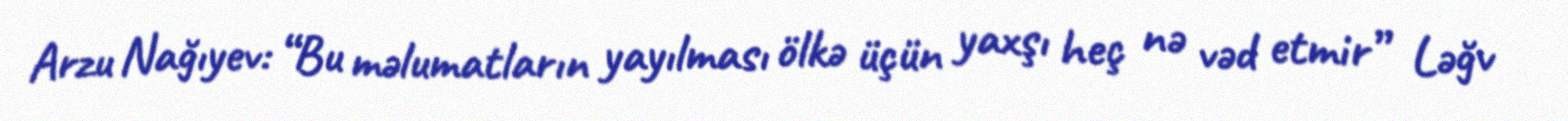
Arzu Nağıyev: “Bu məlumatların yayılması ölkə üçün yaxşı heç nə vəd etmir” Ləğv